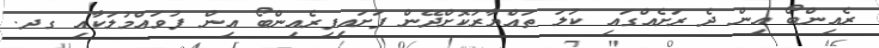
ރެއިންބޯ އިން ދެ ރަށެއްގައި ކުލަ ތައްޔާރުކޮށްދޭން ފަށައިފިރެއިންބޯ އިން ފުވައްމުލަކާއި ގދ.